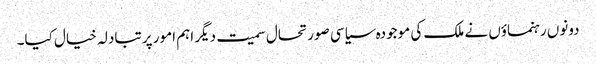
دونوں رہنماؤں نے ملک کی موجودہ سیاسی صورتحال سمیت دیگر اہم امور پر تبادلہ خیال کیا۔